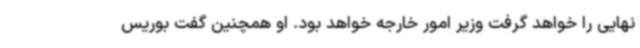
نهایی را خواهد گرفت وزیر امور خارجه خواهد بود. او همچنین گفت بوریس